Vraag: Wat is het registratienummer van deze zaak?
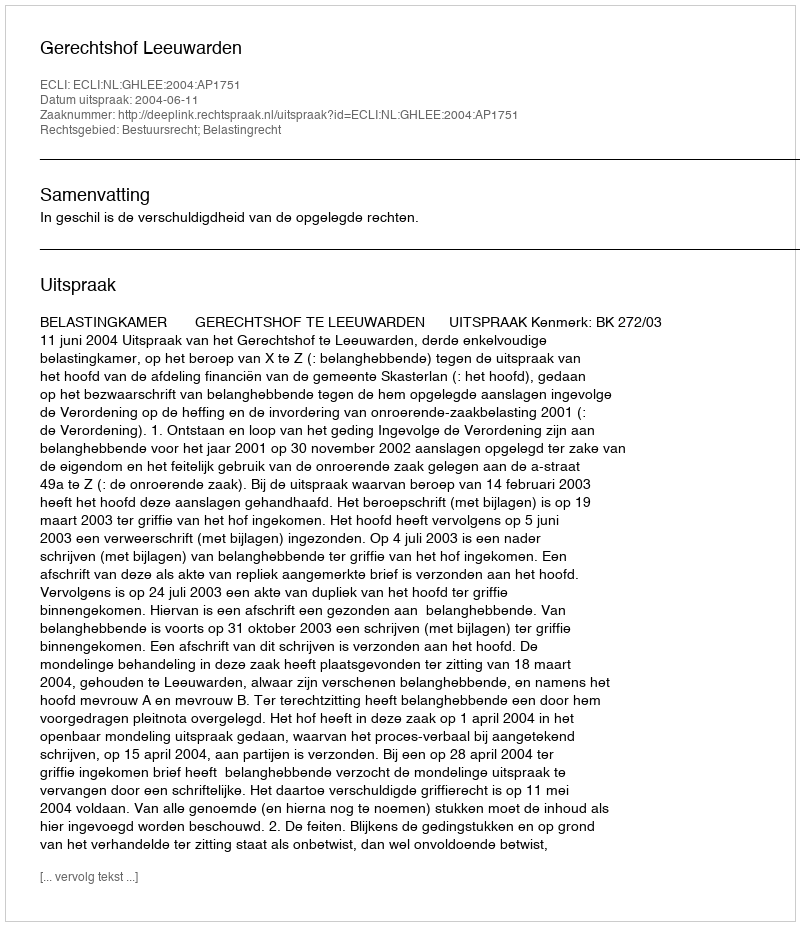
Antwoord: http://deeplink.rechtspraak.nl/uitspraak?id=ECLI:NL:GHLEE:2004:AP1751